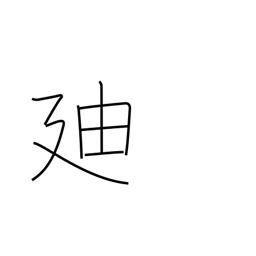
Meaning: proceed